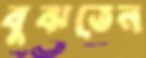
বুঝতেন